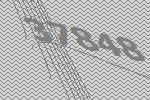
37848